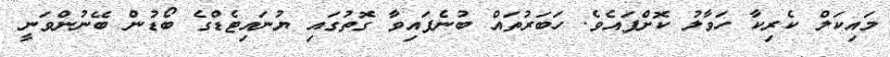
މައިކަލް ކެރިކާ ހަވާލު ކޮށްފައެވެ. ހަބަރުތައް ބުނެފައިވާ ގޮތުގައި ޔުނައިޓެޑްގެ ބޯޑުން ބޭނުންވަނީ